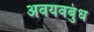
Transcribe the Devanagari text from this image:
अवयवबुंध